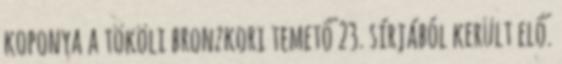
koponya a tököli bronzkori temető 23. sírjából került elő.